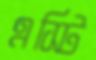
এস্টি